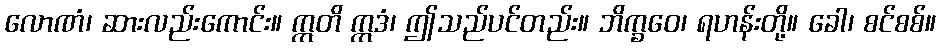
လောဏံ၊ ဆားလည်းကောင်း။ ဣတိ ဣဒံ၊ ဤသည်ပင်တည်း။ ဘိက္ခဝေ၊ ရဟန်းတို့။ ခေါ၊ စင်စစ်။